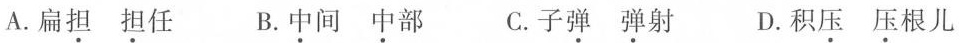
A.扁担 担任 B.中间 中部 C.子弹 弹射 D.积压 压根儿